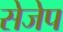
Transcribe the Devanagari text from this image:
सेजेप